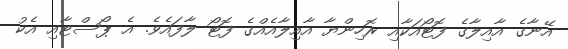
އޭނާގެ އާއިލާގެ ފޮޓޯއަކާއި ރޮހިންޔާ އާއިލާއެއްގެ ފޮޓޯ ލާފައެވެ. އެ ޕޯސްޓާއި އެކު